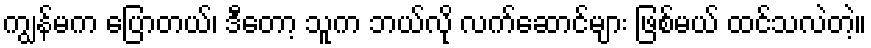
ကျွန်မက ပြောတယ်၊ ဒီတော့ သူက ဘယ်လို လက်ဆောင်များ ဖြစ်မယ် ထင်သလဲတဲ့။